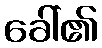
ခေါ်၏